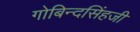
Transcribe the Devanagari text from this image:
गोबिन्दसिंहजी